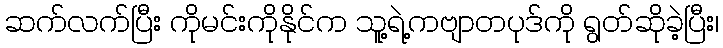
ဆက်လက်ပြီး ကိုမင်းကိုနိုင်က သူ့ရဲ့ကဗျာတပုဒ်ကို ရွတ်ဆိုခဲ့ပြီး၊